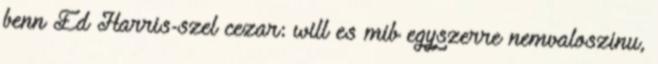
benn Ed Harris-szel cezar: will es mib egyszerre nemvaloszinu,